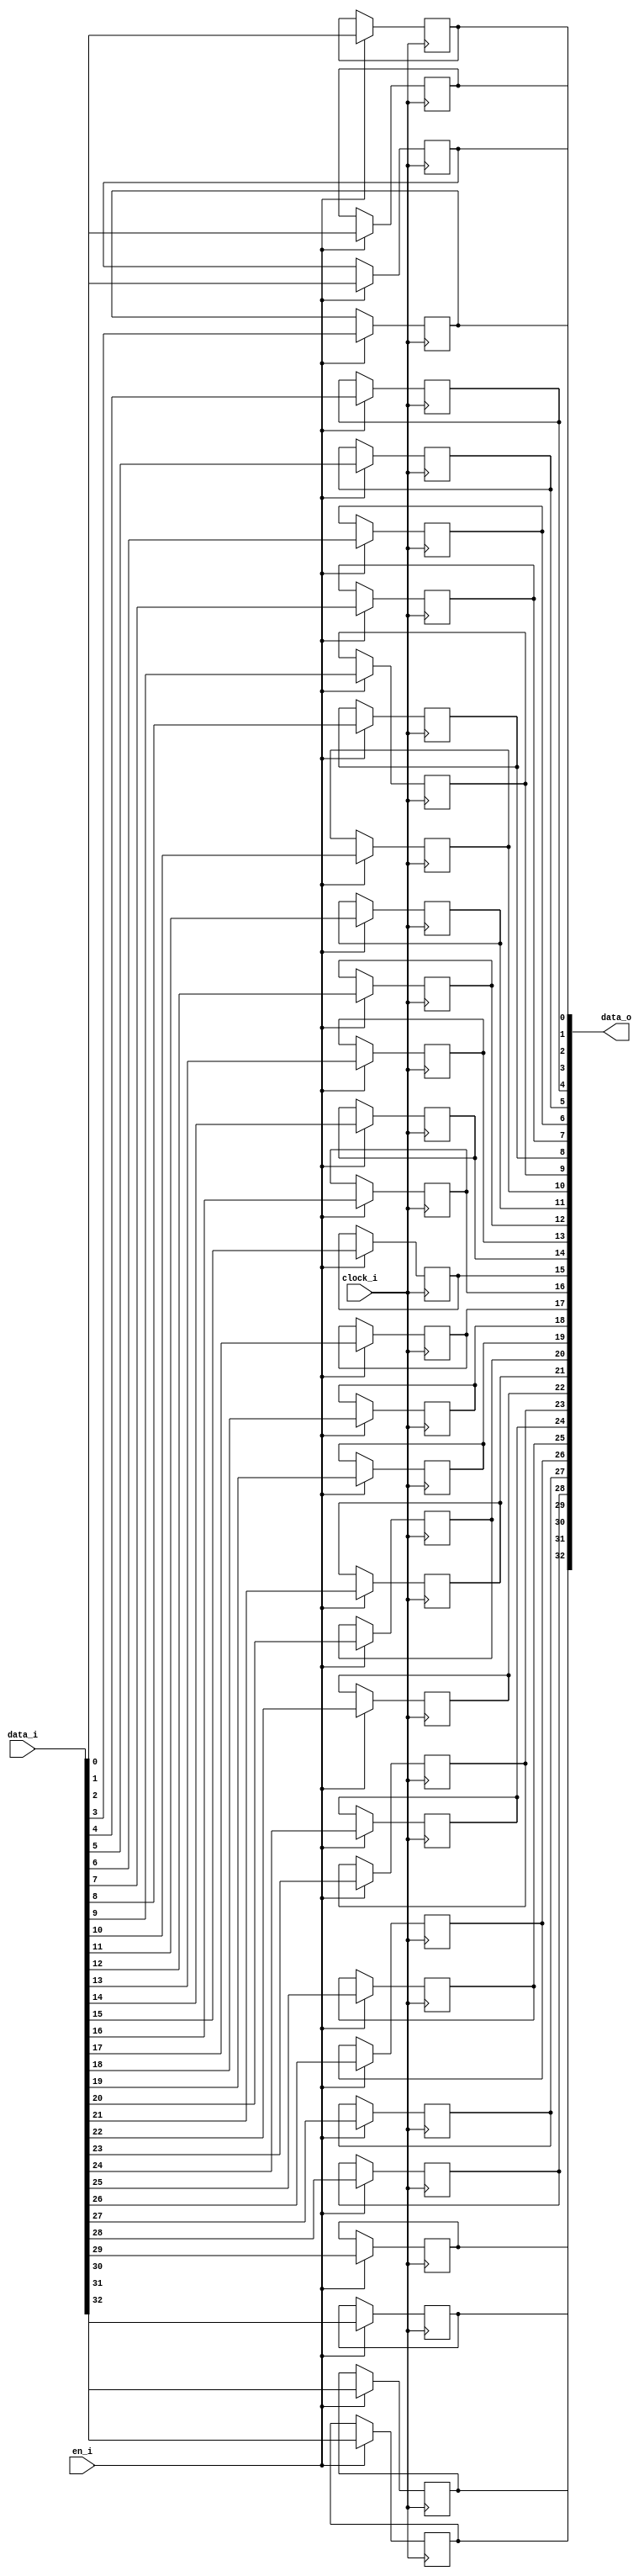
module bsg_dff_en_width_p33
(
  clock_i,
  data_i,
  en_i,
  data_o
);

  input [32:0] data_i;
  output [32:0] data_o;
  input clock_i;
  input en_i;
  reg [32:0] data_o;

  always @(posedge clock_i) begin
    if(en_i) begin
      data_o[32] <= data_i[32];
    end 
  end


  always @(posedge clock_i) begin
    if(en_i) begin
      data_o[31] <= data_i[31];
    end 
  end


  always @(posedge clock_i) begin
    if(en_i) begin
      data_o[30] <= data_i[30];
    end 
  end


  always @(posedge clock_i) begin
    if(en_i) begin
      data_o[29] <= data_i[29];
    end 
  end


  always @(posedge clock_i) begin
    if(en_i) begin
      data_o[28] <= data_i[28];
    end 
  end


  always @(posedge clock_i) begin
    if(en_i) begin
      data_o[27] <= data_i[27];
    end 
  end


  always @(posedge clock_i) begin
    if(en_i) begin
      data_o[26] <= data_i[26];
    end 
  end


  always @(posedge clock_i) begin
    if(en_i) begin
      data_o[25] <= data_i[25];
    end 
  end


  always @(posedge clock_i) begin
    if(en_i) begin
      data_o[24] <= data_i[24];
    end 
  end


  always @(posedge clock_i) begin
    if(en_i) begin
      data_o[23] <= data_i[23];
    end 
  end


  always @(posedge clock_i) begin
    if(en_i) begin
      data_o[22] <= data_i[22];
    end 
  end


  always @(posedge clock_i) begin
    if(en_i) begin
      data_o[21] <= data_i[21];
    end 
  end


  always @(posedge clock_i) begin
    if(en_i) begin
      data_o[20] <= data_i[20];
    end 
  end


  always @(posedge clock_i) begin
    if(en_i) begin
      data_o[19] <= data_i[19];
    end 
  end


  always @(posedge clock_i) begin
    if(en_i) begin
      data_o[18] <= data_i[18];
    end 
  end


  always @(posedge clock_i) begin
    if(en_i) begin
      data_o[17] <= data_i[17];
    end 
  end


  always @(posedge clock_i) begin
    if(en_i) begin
      data_o[16] <= data_i[16];
    end 
  end


  always @(posedge clock_i) begin
    if(en_i) begin
      data_o[15] <= data_i[15];
    end 
  end


  always @(posedge clock_i) begin
    if(en_i) begin
      data_o[14] <= data_i[14];
    end 
  end


  always @(posedge clock_i) begin
    if(en_i) begin
      data_o[13] <= data_i[13];
    end 
  end


  always @(posedge clock_i) begin
    if(en_i) begin
      data_o[12] <= data_i[12];
    end 
  end


  always @(posedge clock_i) begin
    if(en_i) begin
      data_o[11] <= data_i[11];
    end 
  end


  always @(posedge clock_i) begin
    if(en_i) begin
      data_o[10] <= data_i[10];
    end 
  end


  always @(posedge clock_i) begin
    if(en_i) begin
      data_o[9] <= data_i[9];
    end 
  end


  always @(posedge clock_i) begin
    if(en_i) begin
      data_o[8] <= data_i[8];
    end 
  end


  always @(posedge clock_i) begin
    if(en_i) begin
      data_o[7] <= data_i[7];
    end 
  end


  always @(posedge clock_i) begin
    if(en_i) begin
      data_o[6] <= data_i[6];
    end 
  end


  always @(posedge clock_i) begin
    if(en_i) begin
      data_o[5] <= data_i[5];
    end 
  end


  always @(posedge clock_i) begin
    if(en_i) begin
      data_o[4] <= data_i[4];
    end 
  end


  always @(posedge clock_i) begin
    if(en_i) begin
      data_o[3] <= data_i[3];
    end 
  end


  always @(posedge clock_i) begin
    if(en_i) begin
      data_o[2] <= data_i[2];
    end 
  end


  always @(posedge clock_i) begin
    if(en_i) begin
      data_o[1] <= data_i[1];
    end 
  end


  always @(posedge clock_i) begin
    if(en_i) begin
      data_o[0] <= data_i[0];
    end 
  end


endmodule